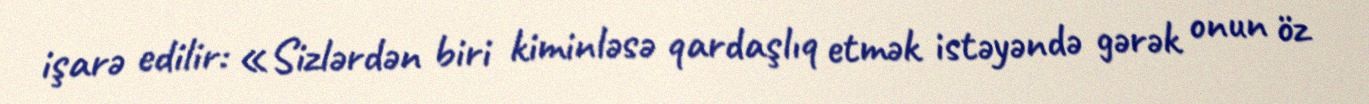
işarə edilir: «Sizlərdən biri kiminləsə qardaşlıq etmək istəyəndə gərək onun öz